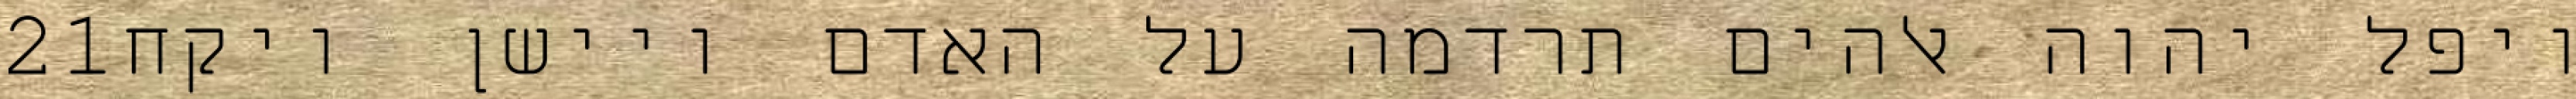
‎21‏ ויפל יהוה אלהים תרדמה על האדם ויישן ויקח